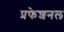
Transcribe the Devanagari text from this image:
प्रफेशनल